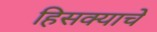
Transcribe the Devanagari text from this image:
हिसक्याचे